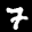
Label: 7